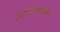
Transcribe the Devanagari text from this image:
आणण्यासाठीच